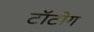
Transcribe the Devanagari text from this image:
टॉटोग